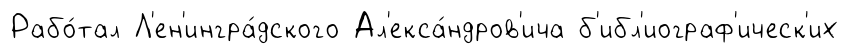
Рабо́тал Л'ен'ингра́дского Ал'екса́ндров'ича б'ибл'иограф'ическ'их